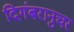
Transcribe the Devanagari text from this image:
दिगंबरानुचर